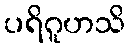
ပရိဂူဟသိ